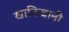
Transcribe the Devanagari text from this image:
खानिजानी